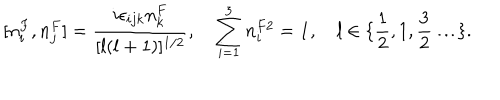
[ n _ { i } ^ { F } , n _ { j } ^ { F } ] = \frac { i \epsilon _ { i j k } n _ { k } ^ { F } } { [ l ( l + 1 ) ] ^ { 1 / 2 } } , \quad \sum _ { i = 1 } ^ { 3 } n _ { i } ^ { F 2 } = { \bf 1 } , \quad l \in \{ \frac { 1 } { 2 } , 1 , \frac { 3 } { 2 } \ldots \} .